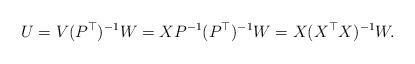
LaTeX: \begin{align*}U = V(P^\top)^{-1}W = X P^{-1} (P^\top)^{-1}W = X(X^\top X)^{-1}W.\end{align*}